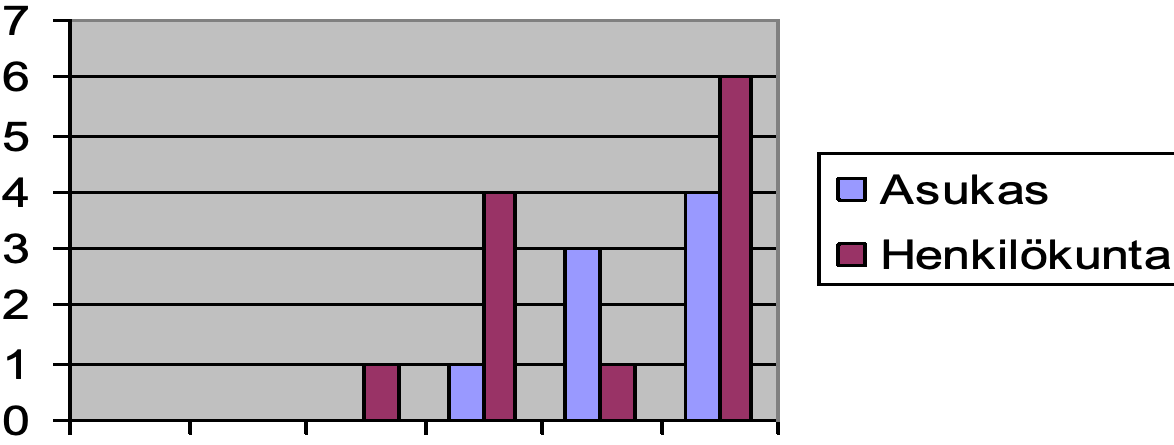
7 6 5 4                            Asukas 3                            Henkilökunta 2 1 0